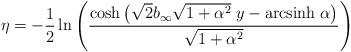
LaTeX: \begin{align*}\eta = -\frac{1}{2} \ln \left(\frac{\cosh \left(\sqrt{2}b_\infty\sqrt{1+\alpha^2}\; y - {\rm arcsinh}\; \alpha\right)}{\sqrt{1+\alpha^2}}\right)\end{align*}